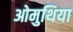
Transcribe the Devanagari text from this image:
ओमुथिया